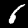
Digit: 6